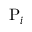
{ \mathrm { P } } _ { i }